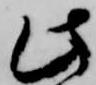
此